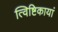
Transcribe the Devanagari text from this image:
त्विष्टिकायां